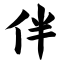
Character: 伴